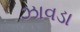
ઝાવડા